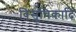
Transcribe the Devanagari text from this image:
विसूचिकादि